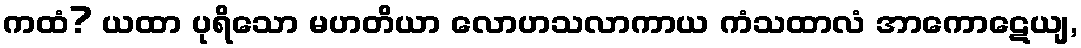
ကထံ? ယထာ ပုရိသော မဟတိယာ လောဟသလာကာယ ကံသထာလံ အာကောဋေယျ,